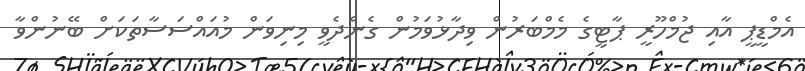
އެމްޑީޕީ އާއި ޖުމްހޫރީ ޕާޓީގެ މެމްބަރުން ވިދާޅުވަމުން ގެންދެވީ މިނިވަން މުއައްސަސާތަކަށް ބޭނުންވާ